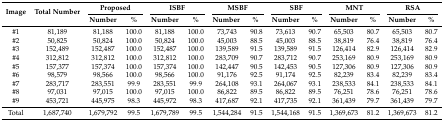
<table><thead><tr><td rowspan="2"><b>Image</b></td><td rowspan="2"><b>Total Number</b></td><td colspan="2"><b>Proposed</b></td><td colspan="2"><b>ISBF</b></td><td colspan="2"><b>MSBF</b></td><td colspan="2"><b>SBF</b></td><td colspan="2"><b>MNT</b></td><td colspan="2"><b>RSA</b></td></tr><tr><td><b>Number</b></td><td><b>%</b></td><td><b>Number</b></td><td><b>%</b></td><td><b>Number</b></td><td><b>%</b></td><td><b>Number</b></td><td><b>%</b></td><td><b>Number</b></td><td><b>%</b></td><td><b>Number</b></td><td><b>%</b></td></tr></thead><tbody><tr><td>#1</td><td>81,189</td><td>81,188</td><td>100.0</td><td>81,188</td><td>100.0</td><td>73,743</td><td>90.8</td><td>73,613</td><td>90.7</td><td>65,503</td><td>80.7</td><td>65,503</td><td>80.7</td></tr><tr><td>#2</td><td>50,825</td><td>50,824</td><td>100.0</td><td>50,824</td><td>100.0</td><td>45,003</td><td>88.5</td><td>45,003</td><td>88.5</td><td>38,819</td><td>76.4</td><td>38,819</td><td>76.4</td></tr><tr><td>#3</td><td>152,489</td><td>152,487</td><td>100.0</td><td>152,487</td><td>100.0</td><td>139,589</td><td>91.5</td><td>139,589</td><td>91.5</td><td>126,414</td><td>82.9</td><td>126,414</td><td>82.9</td></tr><tr><td>#4</td><td>312,812</td><td>312,812</td><td>100.0</td><td>312,812</td><td>100.0</td><td>283,709</td><td>90.7</td><td>283,712</td><td>90.7</td><td>253,169</td><td>80.9</td><td>253,169</td><td>80.9</td></tr><tr><td>#5</td><td>157,377</td><td>157,374</td><td>100.0</td><td>157,374</td><td>100.0</td><td>142,447</td><td>90.5</td><td>142,453</td><td>90.5</td><td>127,306</td><td>80.9</td><td>127,306</td><td>80.9</td></tr><tr><td>#6</td><td>98,579</td><td>98,566</td><td>100.0</td><td>98,566</td><td>100.0</td><td>91,176</td><td>92.5</td><td>91,174</td><td>92.5</td><td>82,239</td><td>83.4</td><td>82,239</td><td>83.4</td></tr><tr><td>#7</td><td>283,717</td><td>283,551</td><td>99.9</td><td>283,551</td><td>99.9</td><td>264,108</td><td>93.1</td><td>264,067</td><td>93.1</td><td>238,533</td><td>84.1</td><td>238,533</td><td>84.1</td></tr><tr><td>#8</td><td>97,031</td><td>97,015</td><td>100.0</td><td>97,015</td><td>100.0</td><td>86,822</td><td>89.5</td><td>86,822</td><td>89.5</td><td>76,251</td><td>78.6</td><td>76,251</td><td>78.6</td></tr><tr><td>#9</td><td>453,721</td><td>445,975</td><td>98.3</td><td>445,972</td><td>98.3</td><td>417,687</td><td>92.1</td><td>417,735</td><td>92.1</td><td>361,439</td><td>79.7</td><td>361,439</td><td>79.7</td></tr><tr><td>Total</td><td>1,687,740</td><td>1,679,792</td><td>99.5</td><td>1,679,789</td><td>99.5</td><td>1,544,284</td><td>91.5</td><td>1,544,168</td><td>91.5</td><td>1,369,673</td><td>81.2</td><td>1,369,673</td><td>81.2</td></tr></tbody></table>